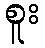
စူး